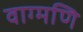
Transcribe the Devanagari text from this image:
वाग्मणि